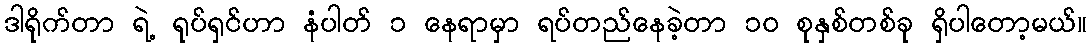
ဒါရိုက်တာ ရဲ့ ရုပ်ရှင်ဟာ နံပါတ် ၁ နေရာမှာ ရပ်တည်နေခဲ့တာ ၁၀ စုနှစ်တစ်ခု ရှိပါတော့မယ်။